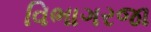
વિભાગરજા